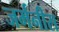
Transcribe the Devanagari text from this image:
जर्मनीस